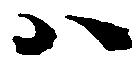
ハ